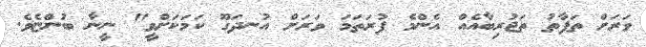
ވަރަށް ތަފާތު ތަޖުރިބާއެއް އެންމެ ފުރަތަމަ ވަރަށް އުނދަގޫ ކަމަކަށްވީ" ނީނާ ބުންޏެވެ.